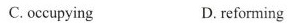
C. occupying D. refomning